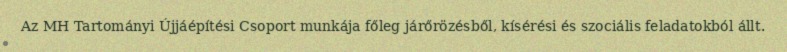
Az MH Tartományi Újjáépítési Csoport munkája főleg járőrözésből, kísérési és szociális feladatokból állt.